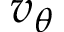
v _ { \theta }